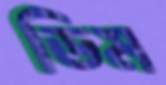
ডিম